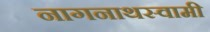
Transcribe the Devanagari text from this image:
नागनाथस्वामी